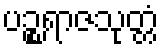
ပဉ္စရာဇသုတ္တံ